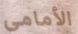
الأمامى